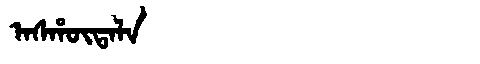
Manchu: ᠠᠰᡥᡡᡨᠠᠯᠠ
Romanization: ASHŪTALA